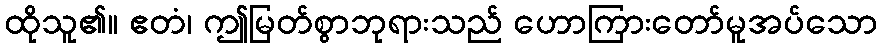
ထိုသူ၏။ ဧတံ၊ ဤမြတ်စွာဘုရားသည် ဟောကြားတော်မူအပ်သော